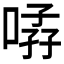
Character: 𱓨